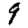
Digit: 9